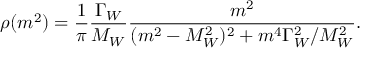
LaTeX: \rho ( m ^ { 2 } ) = { \frac { 1 } { \pi } } { \frac { \Gamma _ { W } } { M _ { W } } } { \frac { m ^ { 2 } } { ( m ^ { 2 } - M _ { W } ^ { 2 } ) ^ { 2 } + m ^ { 4 } \Gamma _ { W } ^ { 2 } / M _ { W } ^ { 2 } } } .